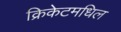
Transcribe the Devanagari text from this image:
क्रिकेटमधिल